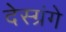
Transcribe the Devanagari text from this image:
देस्ग्रंगे